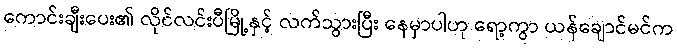
ကောင်းချီးပေး၏ လိုင်လင်းပီမြို့နှင့် လက်သွားပြီး နေမှာပါဟု ရော့ကွာ ယန်ချောင်မင်က